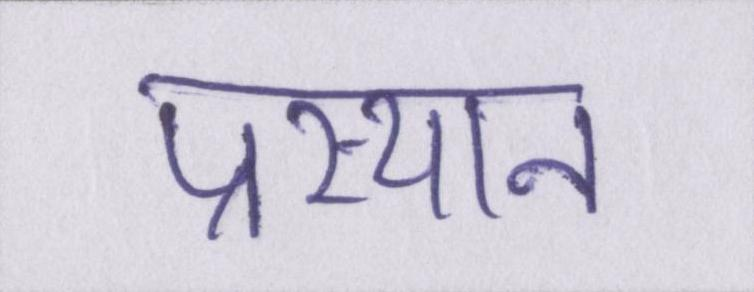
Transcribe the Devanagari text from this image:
प्रस्थान